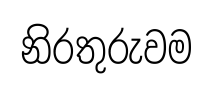
නිරතුරුවම